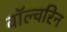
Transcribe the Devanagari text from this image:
वॉल्वरिन